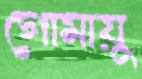
গোমায়ু